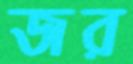
জর